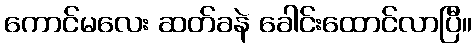
ကောင်မလေး ဆတ်ခနဲ ခေါင်းထောင်လာပြီ။